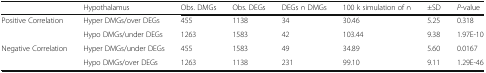
<table><thead><tr><td></td><td><b>Hypothalamus</b></td><td><b>Obs. DMGs</b></td><td><b>Obs. DEGs</b></td><td><b>DEGs ∩ DMGs</b></td><td><b>100 k simulation of ∩</b></td><td><b>±SD</b></td><td><b><i>P</i>-value</b></td></tr></thead><tbody><tr><td rowspan="2">Positive Correlation</td><td>Hyper DMGs/over DEGs</td><td>455</td><td>1138</td><td>34</td><td>30.46</td><td>5.25</td><td>0.318</td></tr><tr><td>Hypo DMGs/under DEGs</td><td>1263</td><td>1583</td><td>42</td><td>103.44</td><td>9.38</td><td>1.97E-10</td></tr><tr><td rowspan="2">Negative Correlation</td><td>Hyper DMGs/under DEGs</td><td>455</td><td>1583</td><td>49</td><td>34.89</td><td>5.60</td><td>0.0167</td></tr><tr><td>Hypo DMGs/over DEGs</td><td>1263</td><td>1138</td><td>231</td><td>99.10</td><td>9.11</td><td>1.29E-46</td></tr></tbody></table>